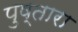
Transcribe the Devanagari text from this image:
पुष्तारा